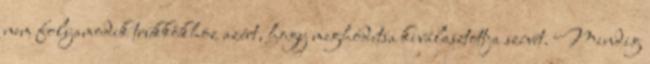
nem folyamodik trükkökhöz azért, hogy meghódítsa kiválasztottja szívét. Mindig